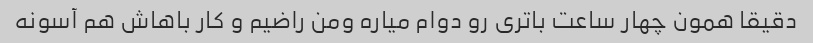
دقیقا همون چهار ساعت باتری رو دوام میاره ومن راضیم و کار باهاش هم آسونه